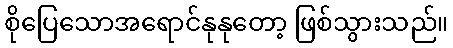
စိုပြေသောအရောင်နုနုတော့ ဖြစ်သွားသည်။